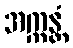
အက္ကန္တံ